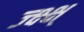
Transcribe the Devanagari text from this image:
ज्क्ष्क्ष्